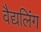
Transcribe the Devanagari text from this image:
वैद्यलिंग